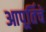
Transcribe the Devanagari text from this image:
आपूर्तिचे